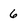
Character: 6